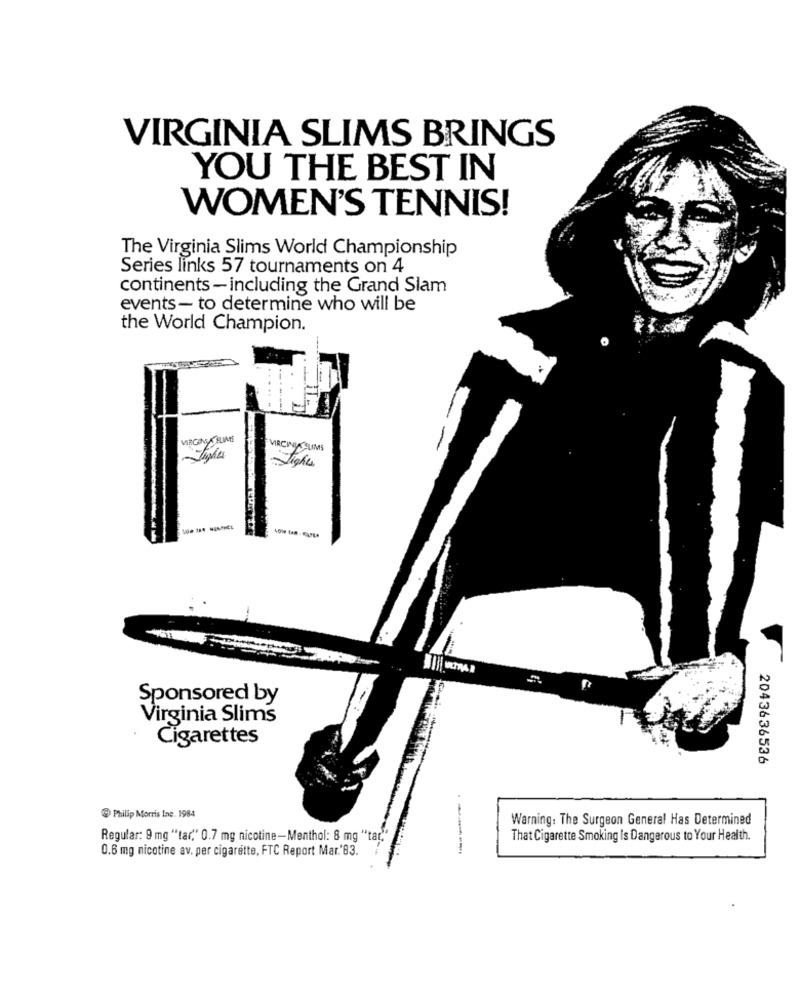
VIRGINIA SLIMS BRINGS
YOU THE BEST IN
WOMEN'S TENNIS!
The Virginia Slims World Championship
Series links 57 tournaments on 4
continents - including the Grand Slam
events- to determine who will be
the World Champion.
VIRGINIA FLIMS
VIRCINISSLIMS
Lights
Sponsored by
Virginia Slims
Cigarettes
2043636536
Philip Morris Inc. 1984
Warning: The Surgeon General Has Determined
Regular: 9 mg ""tar" 0.7 mg nicotine-Menthol: 8 mg "tar.
That Cigarette Smoking Is Dangerous to Your Health.
0.6 mg nicotine av. per cigarette, FTC Report Mar.'83.
----